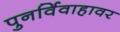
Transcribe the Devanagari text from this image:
पुनर्विवाहावर